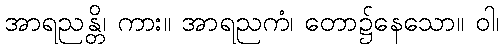
အာရညန္တိ၊ ကား။ အာရညကံ၊ တော၌နေသော။ ဝါ၊